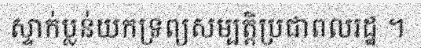
ស្ទាក់ប្លន់យកទ្រព្យសម្បត្តិប្រជាពលរដ្ឋ ។